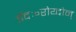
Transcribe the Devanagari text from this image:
ईदः॰रोय्दोन्